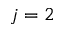
j = 2